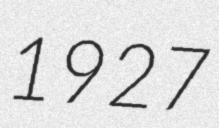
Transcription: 1927